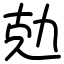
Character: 勊